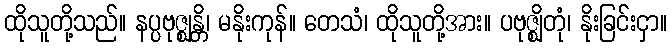
ထိုသူတို့သည်။ နပ္ပဗုဇ္ဈန္တိ၊ မနိုးကုန်။ တေသံ၊ ထိုသူတို့အား။ ပဗုဇ္ဈိတုံ၊ နိုးခြင်းငှာ။